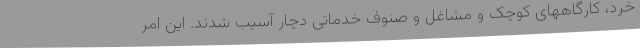
خرد، کارگاههای کوچک و مشاغل و صنوف خدماتی دچار آسیب شدند. این امر